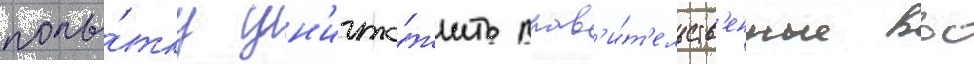
попы́тку ун'ичто́жить прав'и́т'ельств'енные ввс